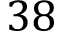
3 8